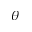
\theta